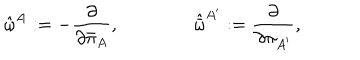
LaTeX: { \hat { \omega } } ^ { A } : = - { \frac { \partial } { \partial { \bar { \pi } } _ { A } } } , \qquad \qquad { \hat { \bar { \omega } } } ^ { A ^ { \prime } } : = { \frac { \partial } { \partial { \pi } _ { A ^ { \prime } } } } ,